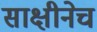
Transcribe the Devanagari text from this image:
साक्षीनेच